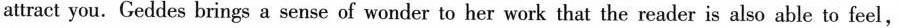
attract you.Geddes brings a sense of wonder to her work that the reader is also able to feel,